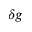
\delta g